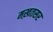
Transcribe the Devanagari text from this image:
मख़तसर